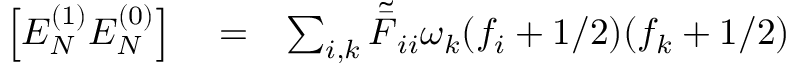
\begin{array} { r l r } { \left[ E _ { N } ^ { ( 1 ) } E _ { N } ^ { ( 0 ) } \right] } & { { } = } & { \sum _ { i , k } \tilde { \bar { F } } _ { i i } \omega _ { k } ( f _ { i } + 1 / 2 ) ( f _ { k } + 1 / 2 ) } \end{array}